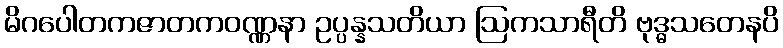
မိဂပေါတကဇာတကဝဏ္ဏနာ ဥပ္ပန္နသတိယာ ဩကသာရီတိ ဗုဒ္ဓသတေနပိ